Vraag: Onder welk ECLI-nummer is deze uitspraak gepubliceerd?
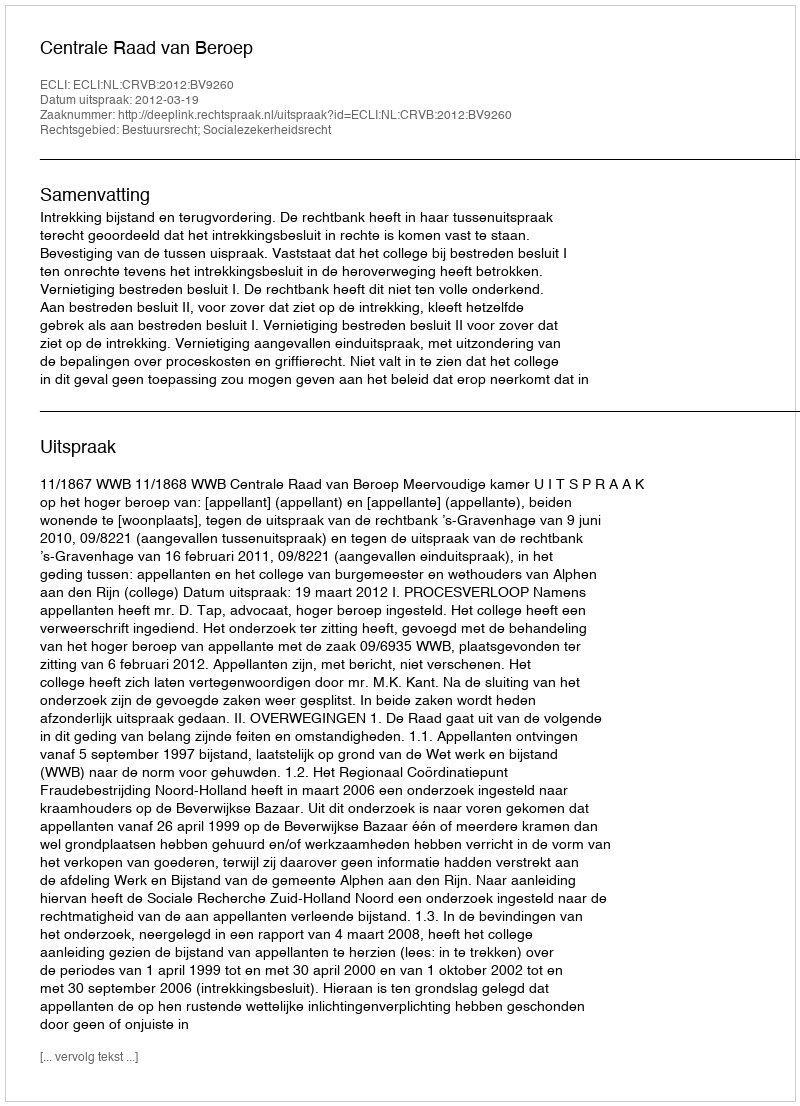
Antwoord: ECLI:NL:CRVB:2012:BV9260